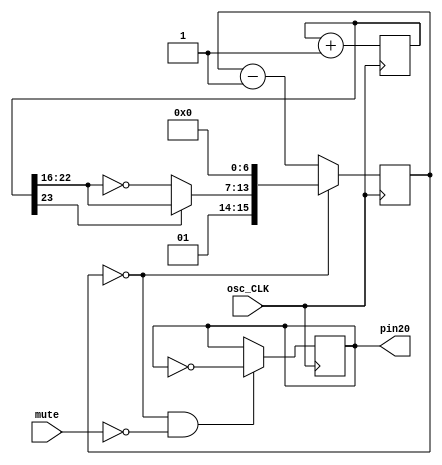
module police_siren(input osc_CLK, output reg pin20, input mute);

reg [23:0] tone;
always @(posedge osc_CLK) tone <= tone+1;

wire [6:0] ramp = (tone[23] ? tone[22:16] : ~tone[22:16]);
wire [15:0] clkdivider = {2'b01, ramp, 7'b0000000};

reg [15:0] counter;

always @(posedge osc_CLK) if(counter==0) counter <= clkdivider; else counter <= counter-1;

always @(posedge osc_CLK) if((counter==0)&(mute == 0)) pin20 <= ~pin20;

endmodule